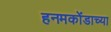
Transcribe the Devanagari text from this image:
हनमकोंडाच्या